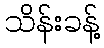
သိန်းခန့်